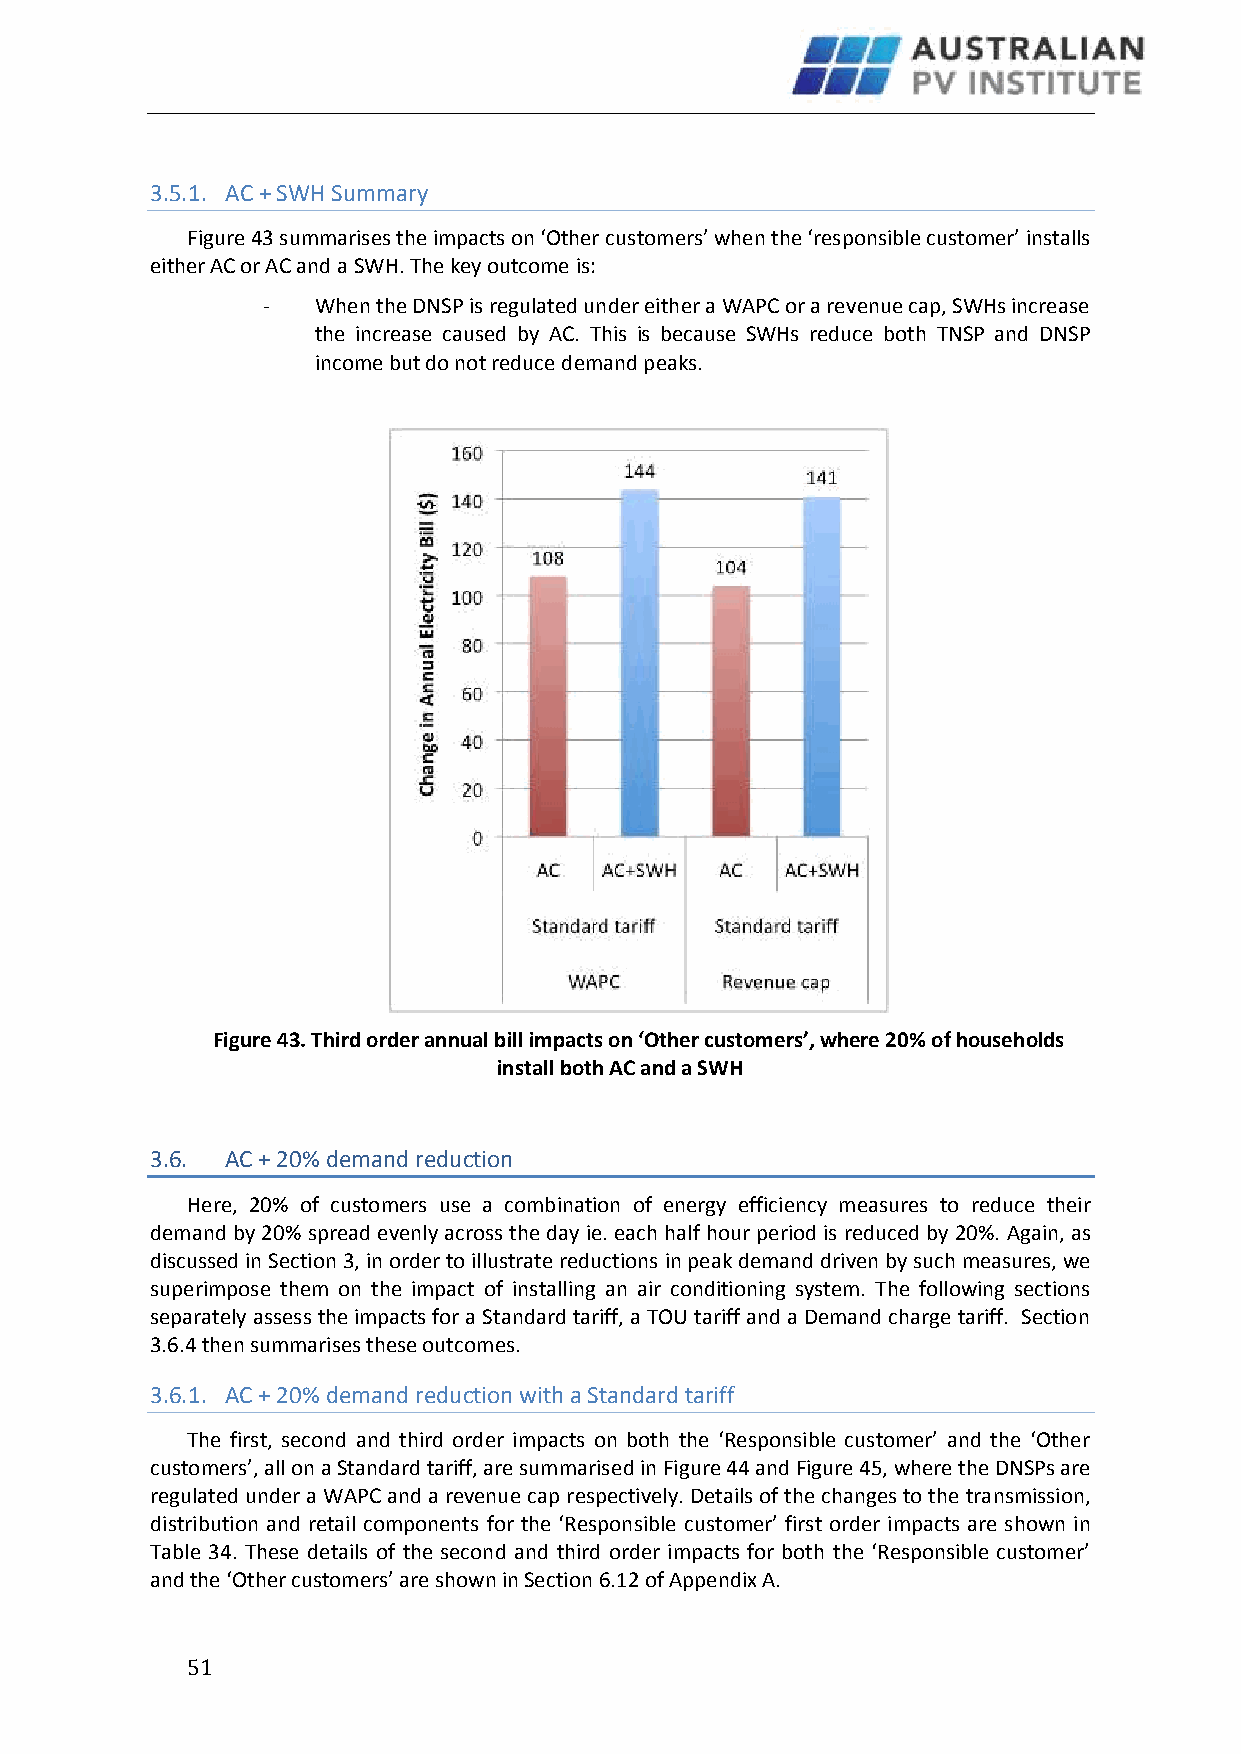
3.5.1. AC + SWH Summary
 Figure 43 summarises the impacts on ‘Other customers’ when the ‘responsible customer’ installs
 either AC or AC and a SWH. The key outcome is:
 -   When the DNSP is regulated under either a WAPC or a revenue cap, SWHs increase
 the increase caused by AC. This is because SWHs reduce both TNSP and DNSP
 income but do not reduce demand peaks.
 Figure 43. Third order annual bill impacts on ‘Other customers’, where 20% of households
 install both AC and a SWH
 3.6. AC + 20% demand reduction
 Here, 20% of customers use a combination of energy efficiency measures to reduce their
 demand by 20% spread evenly across the day ie. each half hour period is reduced by 20%. Again, as
 discussed in Section 3, in order to illustrate reductions in peak demand driven by such measures, we
 superimpose them on the impact of installing an air conditioning system. The following sections
 separately assess the impacts for a Standard tariff, a TOU tariff and a Demand charge tariff. Section
 3.6.4 then summarises these outcomes.
 3.6.1. AC + 20% demand reduction with a Standard tariff
 The first, second and third order impacts on both the ‘Responsible customer’ and the ‘Other
 customers’, all on a Standard tariff, are summarised in Figure 44 and Figure 45, where the DNSPs are
 regulated under a WAPC and a revenue cap respectively. Details of the changes to the transmission,
 distribution and retail components for the ‘Responsible customer’ first order impacts are shown in
 Table 34. These details of the second and third order impacts for both the ‘Responsible customer’
 and the ‘Other customers’ are shown in Section 6.12 of Appendix A.
 5 1